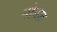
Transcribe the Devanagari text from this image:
नोगेज़